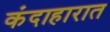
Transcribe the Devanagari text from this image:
कंदाहारात